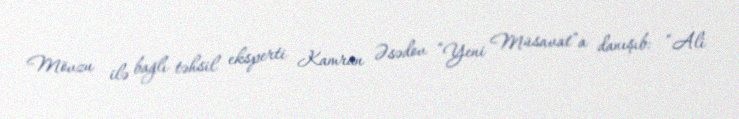
Mövzu ilə bağlı təhsil eksperti Kamran Əsədov “Yeni Müsavat”a danışıb: “Ali